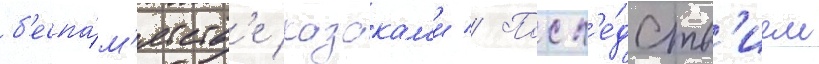
б'еспа́м'ятств'е казакам'и // Посл'е́дств'ием